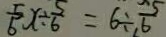
\frac { 5 } { 6 } x \div \frac { 5 } { 6 } = 6 \div \frac { 5 } { 6 }